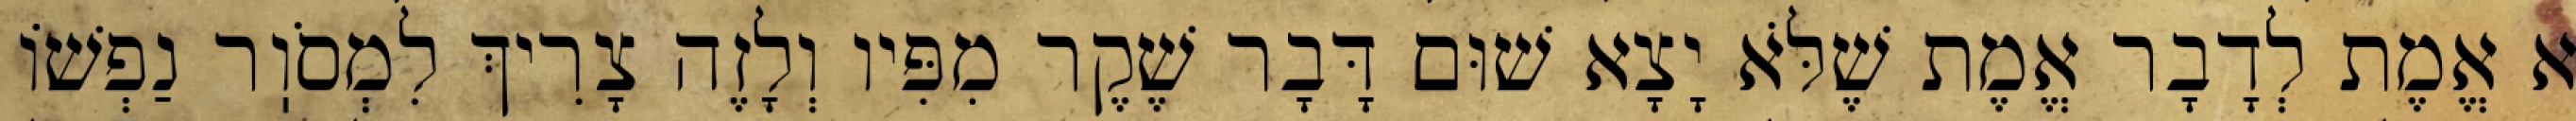
א אֱמֶת לְדָבָר אֱמֶת שֶׁלֹּא יָצָא שׁוּם דָּבָר שֶׁקֶר מִפִּיו וְלָזֶה צָרִיךְ לִמְסֹוֽר נַפְשׁוֹ